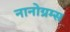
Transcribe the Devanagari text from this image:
नानोग्रम्स